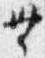
無